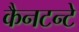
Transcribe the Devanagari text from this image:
कैनटन्टे